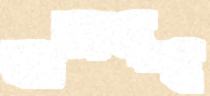
জলগৃহ